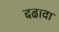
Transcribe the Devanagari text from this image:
बढावा